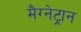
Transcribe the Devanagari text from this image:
मैग्नेट्रान